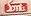
smts